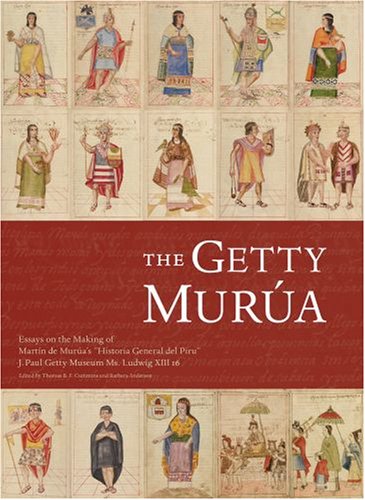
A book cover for The Getty Murua: Essays on the Making of Martin de Murua's "Historia General del Piru", J. Paul Getty Museum Ms. Ludwig XIII 16; History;